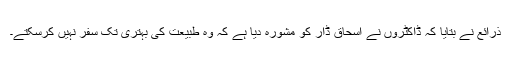
ذرائع نے بتایا کہ ڈاکٹروں نے اسحاق ڈار کو مشورہ دیا ہے کہ وہ طبیعت کی بہتری تک سفر نہیں کرسکتے۔